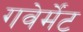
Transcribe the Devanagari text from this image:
गवेर्मेंट